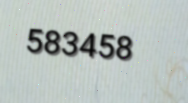
583458